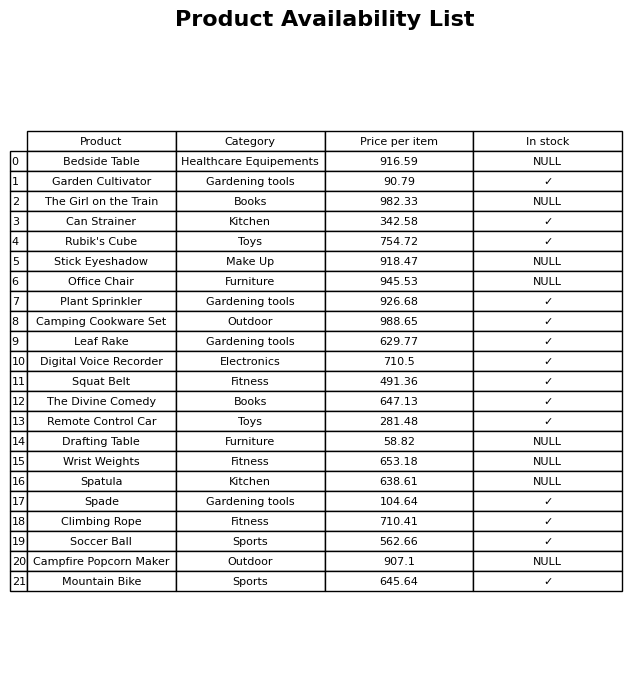
question: Which products are available in stock?
answer: Garden Cultivator, Can Strainer, Rubik's Cube, Plant Sprinkler, Camping Cookware Set, Leaf Rake, Digital Voice Recorder, Squat Belt, The Divine Comedy, Remote Control Car, Spade, Climbing Rope, Soccer Ball, Mountain Bike